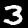
Digit: 3